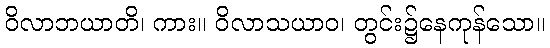
ဝိလာဘယာတိ၊ ကား။ ဝိလာသယာဝ၊ တွင်း၌နေကုန်သော။